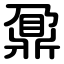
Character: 鼐